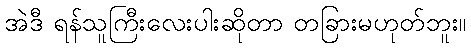
အဲဒီ ရန်သူကြီးလေးပါးဆိုတာ တခြားမဟုတ်ဘူး။